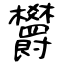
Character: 欝